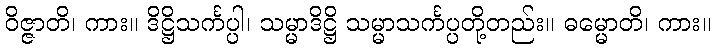
ဝိဇ္ဇာတိ၊ ကား။ ဒိဋ္ဌိသင်္ကပ္ပါ၊ သမ္မာဒိဋ္ဌိ သမ္မာသင်္ကပ္ပတို့တည်း။ ဓမ္မောတိ၊ ကား။